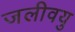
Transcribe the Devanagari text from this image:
जलीवयु